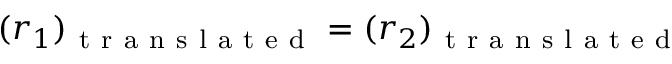
( r _ { 1 } ) _ { \mathrm { ~ t ~ r ~ a ~ n ~ s ~ l ~ a ~ t ~ e ~ d ~ } } = ( r _ { 2 } ) _ { \mathrm { ~ t ~ r ~ a ~ n ~ s ~ l ~ a ~ t ~ e ~ d ~ } }